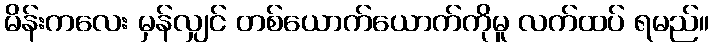
မိန်းကလေး မှန်လျှင် တစ်ယောက်ယောက်ကိုမူ လက်ထပ် ရမည်။